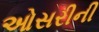
ઓસરીની